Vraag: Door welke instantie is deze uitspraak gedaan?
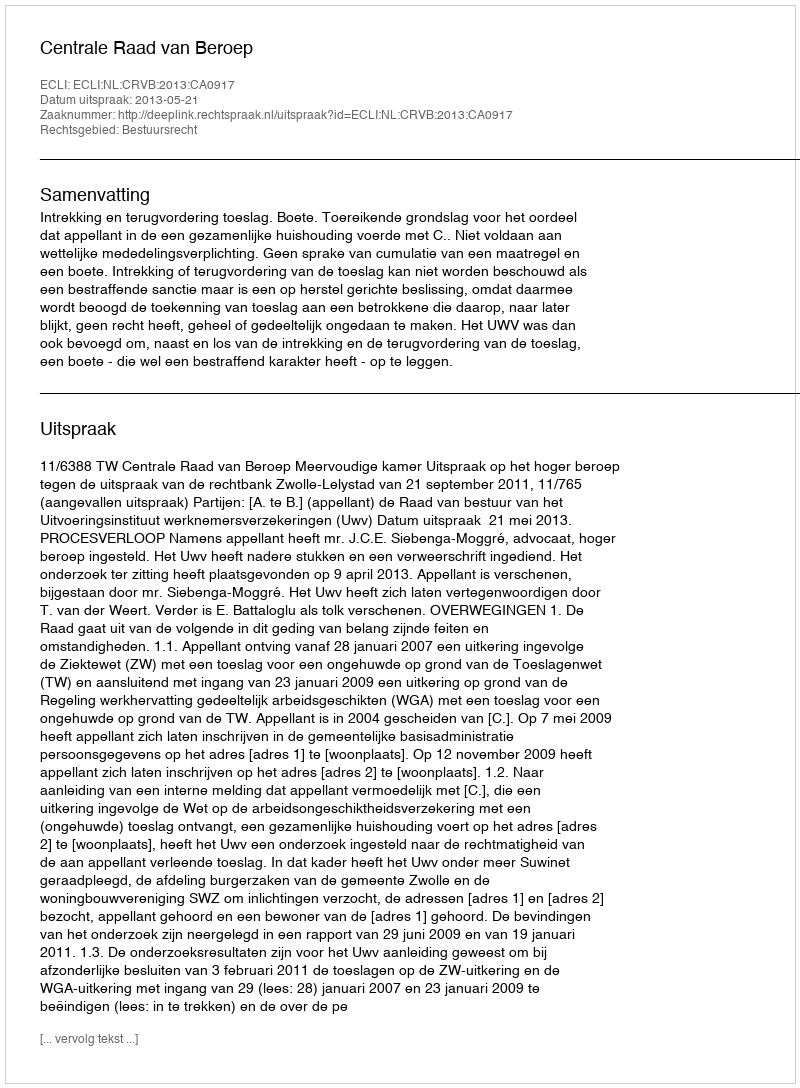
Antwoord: Centrale Raad van Beroep